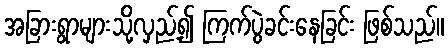
အခြားရွာများသို့လှည့်၍ ကြက်ပွဲခင်းနေခြင်း ဖြစ်သည်။